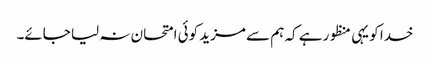
خدا کو یہی منظور ہے کہ ہم سے مزید کوئی امتحان نہ لیا جائے۔